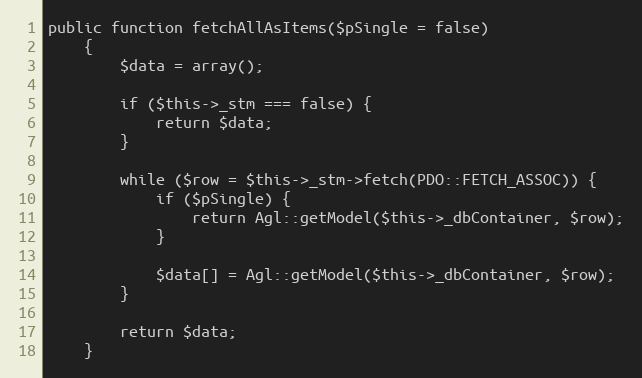
Language: PHP
public function fetchAllAsItems($pSingle = false)
    {
        $data = array();

        if ($this->_stm === false) {
            return $data;
        }

        while ($row = $this->_stm->fetch(PDO::FETCH_ASSOC)) {
            if ($pSingle) {
                return Agl::getModel($this->_dbContainer, $row);
            }

            $data[] = Agl::getModel($this->_dbContainer, $row);
        }

        return $data;
    }